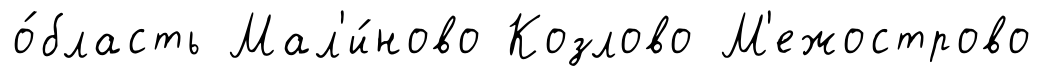
о́бласть Мал'и́ново Козлово М'ежострово